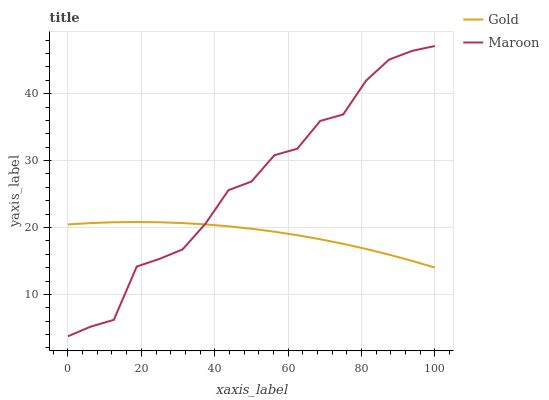
| xaxis_label | Gold | Maroon |
 | --- | --- | --- |
 | 0 | 20.5 | 3.75 |
 | 6.25 | 20.7 | 5.19 |
 | 12.5 | 20.8 | 6.2 |
 | 18.8 | 20.8 | 14.2 |
 | 25 | 20.8 | 15.3 |
 | 31.2 | 20.7 | 16.7 |
 | 37.5 | 20.5 | 20.6 |
 | 43.8 | 20.2 | 25.6 |
 | 50 | 19.8 | 26.9 |
 | 56.2 | 19.4 | 30.8 |
 | 62.5 | 18.8 | 31.8 |
 | 68.8 | 18.2 | 35.9 |
 | 75 | 17.6 | 36.9 |
 | 81.2 | 16.8 | 41.9 |
 | 87.5 | 15.9 | 45.1 |
 | 93.8 | 15 | 46.4 |
 | 100 | 14 | 47.1 |